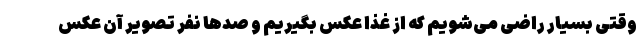
وقتی بسیار راضی می‌شویم که از غذا عکس بگیریم و صدها نفر تصویر آن عکس